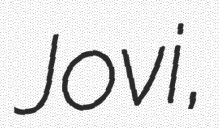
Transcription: Jovi,